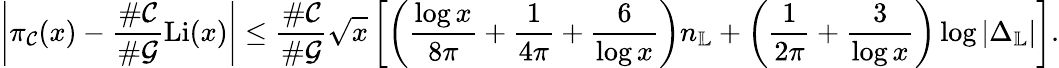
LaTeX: \left|\pi_{\mathcal{C}}(x)-\frac{\# \mathcal{C}}{\# \mathcal{G}}\operatorname{Li}(x)\right|\leq\frac{\# \mathcal{C}}{\# \mathcal{G}}\sqrt{x}\left[\left(\frac{\log{x}}{8\pi}+\frac{1}{4\pi}+\frac{6}{\log{x}}\right)n_{\mathbb{L}}+\left(\frac{1}{2\pi}+\frac{3}{\log{x}}\right)\log{|\Delta_{\mathbb{L}}|}\right].